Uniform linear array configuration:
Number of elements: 8
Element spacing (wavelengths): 0.75
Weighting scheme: hamming
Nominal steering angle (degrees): -60
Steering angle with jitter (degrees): -60.356
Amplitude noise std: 0.05
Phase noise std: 0.05

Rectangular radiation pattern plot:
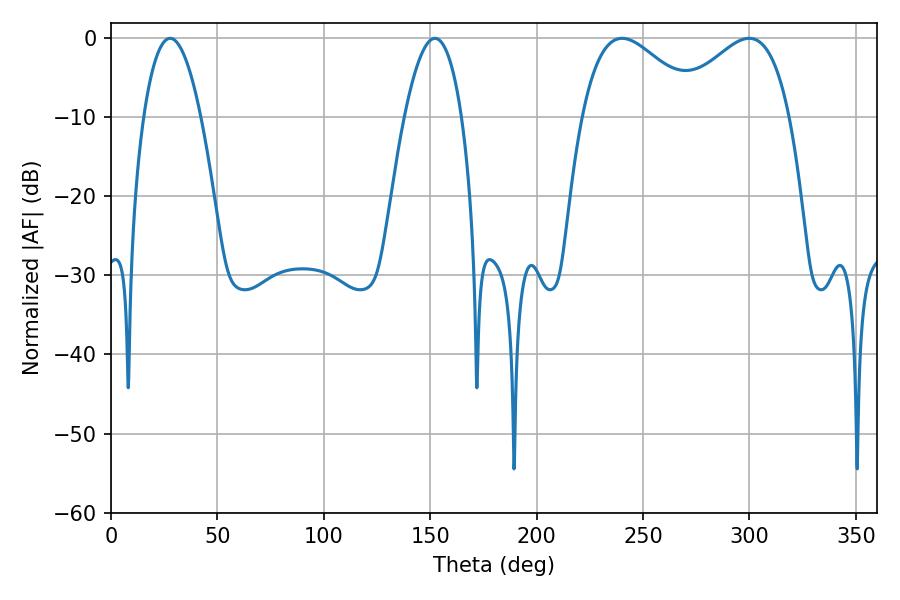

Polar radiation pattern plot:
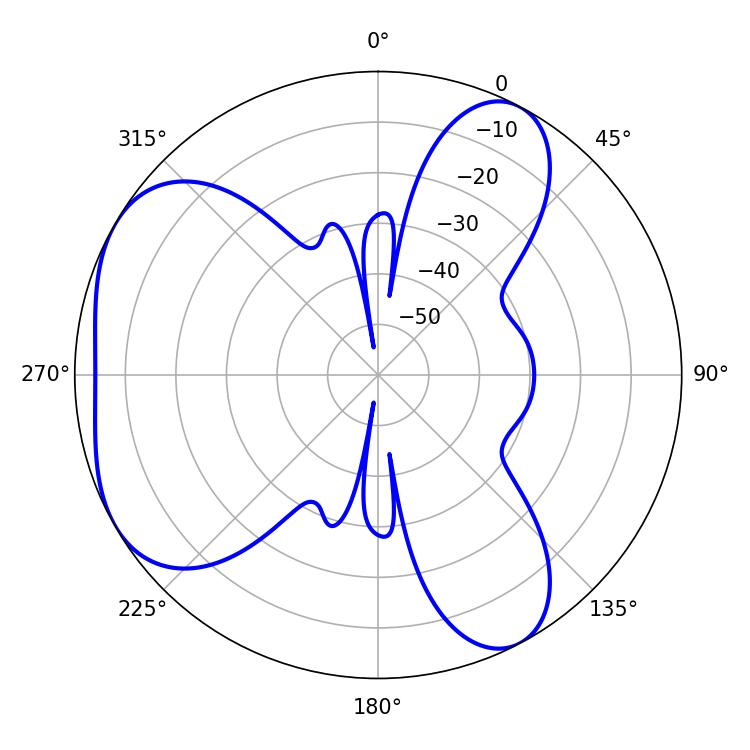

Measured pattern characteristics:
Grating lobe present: TRUE
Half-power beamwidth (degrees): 30.24
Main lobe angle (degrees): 240.12